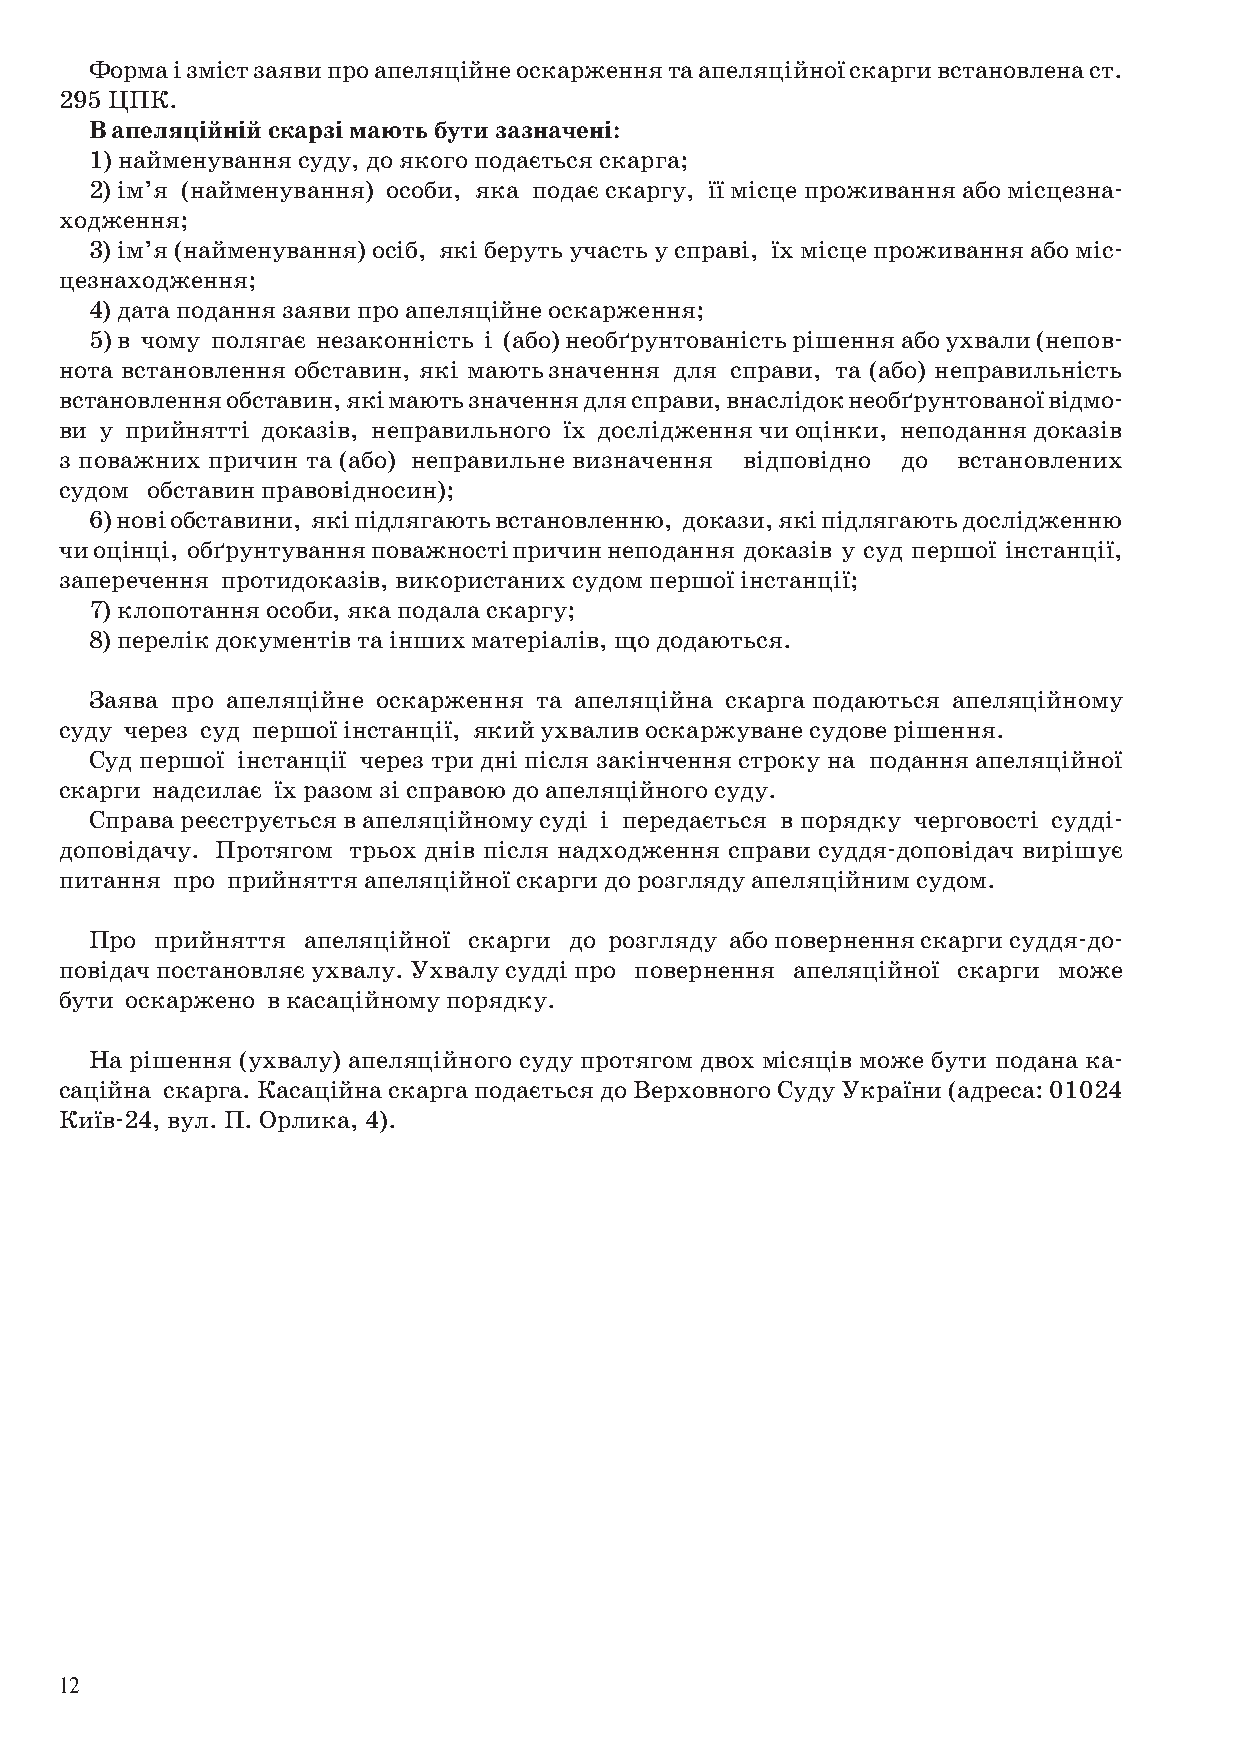
Форма і зміст заяви про апеляційне оскарження та апеляційної скарги встановлена ст.
 295 ЦПК.
 В апеляційній скарзі мають бути зазначені:
 1) найменування суду, до якого подається скарга;
 2) ім’я (найменування) особи, яка подає скаргу, її місце проживання або місцезна-
 ходження;
 3) ім’я (найменування) осіб, які беруть участь у справі, їх місце проживання або міс-
 цезнаходження;
 4) дата подання заяви про апеляційне оскарження;
 5) в чому полягає незаконність і (або) необґрунтованість рішення або ухвали (непов-
 нота встановлення обставин, які мають значення для справи, та (або) неправильність
 встановлення обставин, які мають значення для справи, внаслідок необґрунтованої відмо-
 ви у прийнятті доказів, неправильного їх дослідження чи оцінки, неподання доказів
 з поважних причин та (або) неправильне визначення відповідно до встановлених
 судом обставин правовідносин);
 6) нові обставини, які підлягають встановленню, докази, які підлягають дослідженню
 чи оцінці, обґрунтування поважності причин неподання доказів у суд першої інстанції,
 заперечення протидоказів, використаних судом першої інстанції;
 7) клопотання особи, яка подала скаргу;
 8) перелік документів та інших матеріалів, що додаються.
 Заява про апеляційне оскарження та апеляційна скарга подаються апеляційному
 суду через суд першої інстанції, який ухвалив оскаржуване судове рішення.
 Суд першої інстанції через три дні після закінчення строку на подання апеляційної
 скарги надсилає їх разом зі справою до апеляційного суду.
 Справа реєструється в апеляційному суді і передається в порядку черговості судді-
 доповідачу. Протягом трьох днів після надходження справи суддя-доповідач вирішує
 питання про прийняття апеляційної скарги до розгляду апеляційним судом.
 Про прийняття апеляційної скарги до розгляду або повернення скарги суддя-до-
 повідач постановляє ухвалу. Ухвалу судді про повернення апеляційної скарги може
 бути оскаржено в касаційному порядку.
 На рішення (ухвалу) апеляційного суду протягом двох місяців може бути подана ка-
 саційна скарга. Касаційна скарга подається до Верховного Суду України (адреса: 01024
 Київ-24, вул. П. Орлика, 4).
 